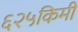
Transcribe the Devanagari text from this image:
६२५किमी